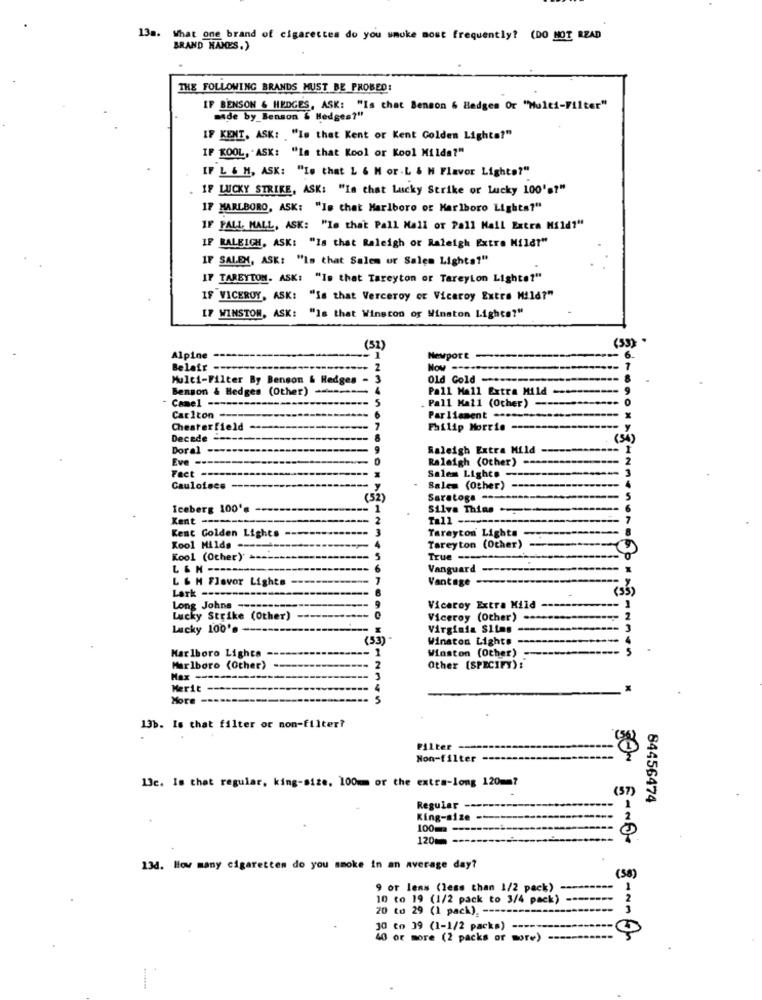
13m. What one brand of cigarettes do you smoke most frequently? (DO NOT READ
BRAND NAMES.)
THE FOLLOWING BRANDS MUST BE PROBED:
IF BENSON & HEDGES, ASK: "Is chat Benson & Hedges Or "Multi-Filter"
made by_Benson & Hedges?"
IF KENT, ASK: "Is that Kent or Kent Golden Lights?"
IF KOOL, ASK: "La that Kool or Kool Milda?"
IF L & M, ASK: "Io that L 6 M or . L & M Flavor Lights?"
IF LUCKY STRIKE, ASK: "Ia that Lucky Strike or Lucky 100's?"
17 MARLBORO, ASK: "Is that Marlboro of Marlboro Lights?"
IF PALL MALL, ASK: "le that Pall Mall or Pall Mall Extra Mild?"
IF RALEIGH, ASK: "Is that Raleigh or Raleigh Extra Mildt"
IF SALEX, ASK: "Is that Salem ur Salen Lights?"
IF TAREYTOM. ASK: "Is that Tareyton or TareyLon Lights?"
IF VICEROY, ASK: "Is that Verceroy or Viceroy Extra Mild?"
IF WINSTON, ASK:
"Is that Winston or Winston lighca?"
(53) .
(32)
Alpine
Newport
- 6.
Belair -
Now --
Multi-Filter By Benson & Hedges -
Old Gold -------
Benson & Hedges (Other)
Pall Mall Extra Mild-
Pall Mall (Other)
Camel ------------------
Carlton -------------
Parliament ..
Chesterfield ---------
Philip Morris
Decede ----------------
---
(54)
Doral ----
Raleigh Extra Mild
Eve ---------------
Raleigh (Other) -- >
Fact -------------------
Salem Lights -----
Caulofece -------
Salem (Other)
(52)
Saratoga ----------
Iceberg 100'= =========
Silva Thins ..
Kent ---
Tall ---
Kent Golden Lights --
Tareyton Lights --
Kool Milds ------------
Tareyton (Ocher)
Kool (Other) =--------
5
True ------
Vanguard ----
L & H Flavor Lights ---
Vantage --
Lark ----
(35)
Long Johns ----
Viceroy Extra Mild
Lucky Strike (Other)
Viceroy (Other)
2
Lucky 100'. --
Virginia Siinn
3
(53)
Winston Lights
Marlboro Lights
Winston (Other)
5
Marlboro (Other)
Other [SPECIFY) :
Merit --
More ---
13b. Is that filter or non-filter?
Filter-
Non-filter -
13c. Is that regular, king-size. 100mm or the extra-long 120mm?
(57)
84456474
Regular
King-size
100
120
13d. How many cigaretten do you smoke in an average day?
(38)
9 or lens (less than 1/2 pack)
10 to 19 (1/2 pack to 3/4 pack)
20 to 29 (1 pack). -----
30 to 39 (1-1/2 packs) -----
40 or more (2 packs or more)